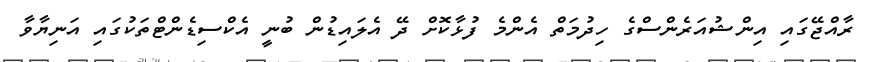
ރާއްޖޭގައި އިންޝުއަރެންސްގެ ހިދުމަތް އެންމެ ފުޅާކޮށް ދޭ އެލައިޑުން ބުނީ އެކްސިޑެންޓްތަކުގައި އަނިޔާވާ